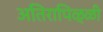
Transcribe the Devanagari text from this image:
अतिरापिळ्ळी